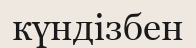
күндізбен